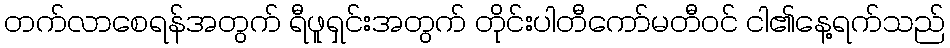
တက်လာစေရန်အတွက် ရီဖူရှင်းအတွက် တိုင်းပါတီကော်မတီဝင် ငါ၏နေ့ရက်သည်